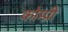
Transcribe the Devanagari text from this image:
कोम्प्री